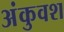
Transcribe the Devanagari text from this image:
अंकुवश